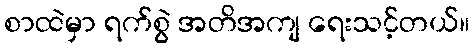
စာထဲမှာ ရက်စွဲ အတိအကျ ရေးသင့်တယ်။